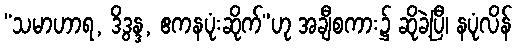
“သမာဟာရ, ဒိဒွန္ဒ, ဧကနပုံးဆိုက်”ဟု အချီစကား၌ ဆိုခဲ့ပြီ၊ နပုံလိန်